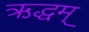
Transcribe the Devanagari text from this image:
ऋद्धम्